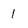
Character: 1